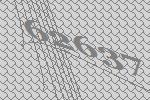
62637